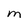
Character: M